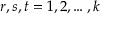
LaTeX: r , s , t = 1 , 2 , \ldots , k